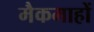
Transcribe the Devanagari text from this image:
मैकमाहों